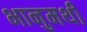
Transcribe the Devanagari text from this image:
भानुमथी